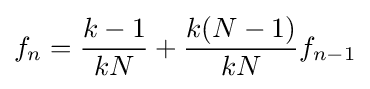
f_{n}={\frac {k-1}{kN}}+{\frac {k(N-1)}{kN}}f_{n-1}